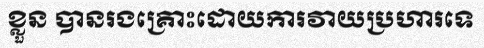
ខ្លួន បានរងគ្រោះដោយការវាយប្រហារទេ